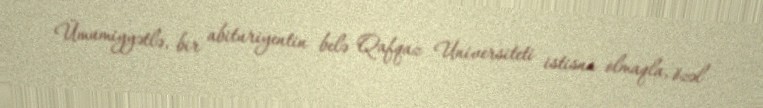
Ümumiyyətlə, bir abituriyentin belə Qafqaz Universiteti istisna olmaqla, özəl